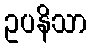
ဥပနိသာ